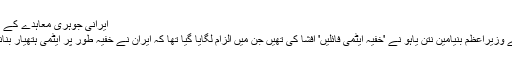
ایرانی جوہری معاہدے کے بارے میں مزید پڑھیے
منگل کو ہی اسرائیل کے وزیراعظم بنیامین نتن یاہو نے 'خفیہ ایٹمی فائلیں' افشا کی تھیں جن میں الزام لگایا گیا تھا کہ ایران نے خفیہ طور پر ایٹمی ہتھیار بنانے کی کوشش کی تھی۔